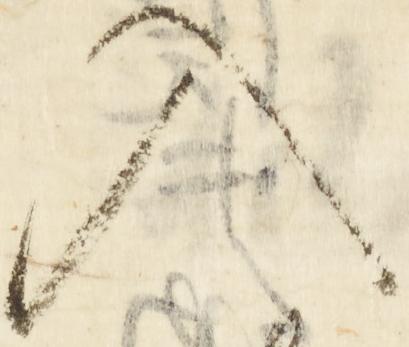
入